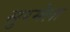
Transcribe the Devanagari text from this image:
सुरमेला